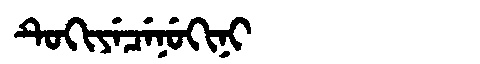
Manchu: ᡨᡠᡴᡳᠶᡝᠴᡝᠨᡠᡴᡳᠨᡳ
Romanization: TUKIYECENUKINI